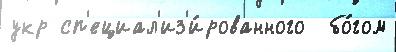
укр сп'ециал'из'и́рованного  бо́гом